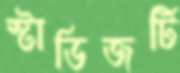
স্টাডিজটি